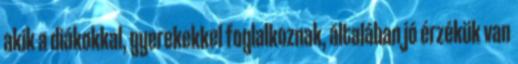
akik a diákokkal, gyerekekkel foglalkoznak, általában jó érzékük van